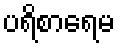
ပရိစာရေမ